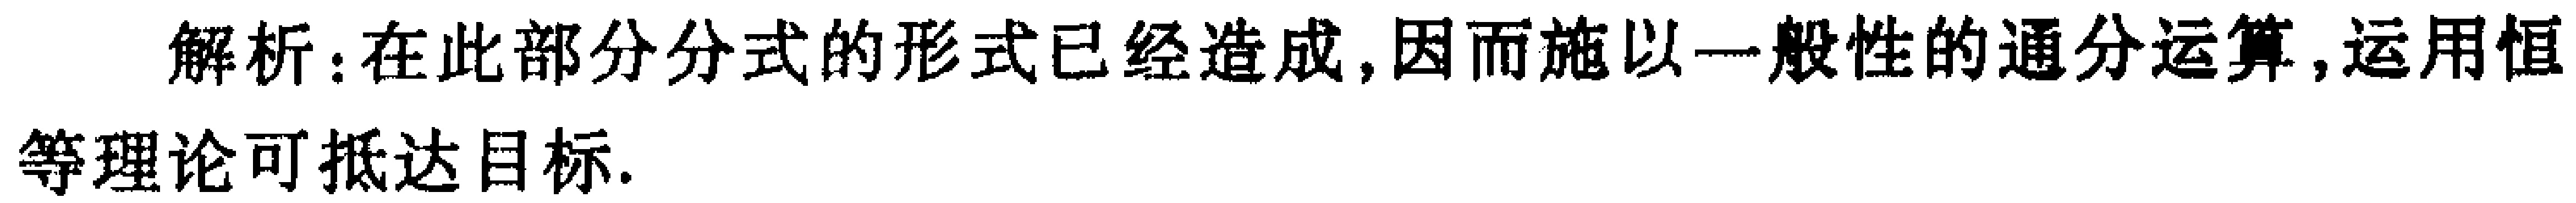
解析：在此部分分式的形式已经造成,因而施以一般性的通分运算,运用恒等理论可抵达目标.